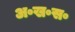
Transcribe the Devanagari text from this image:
अ॰ख॰स॰